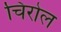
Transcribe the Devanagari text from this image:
चिरोल